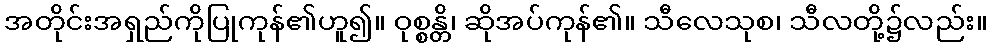
အတိုင်းအရှည်ကိုပြုကုန်၏ဟူ၍။ ဝုစ္စန္တိ၊ ဆိုအပ်ကုန်၏။ သီလေသုစ၊ သီလတို့၌လည်း။